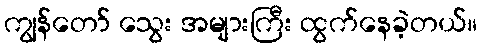
ကျွန်တော် သွေး အများကြီး ထွက်နေခဲ့တယ်။